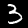
Digit: 3